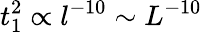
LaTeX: t_{1}^{2}\propto l^{-10}\sim L^{-10}